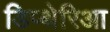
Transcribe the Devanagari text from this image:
डिप्थेरिआ